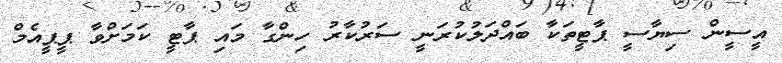
އީސީން ސިޔާސީ ޕާޓީތަކާ ބައްދަލުކުރަނީ ސަރުކާރު ހިންގާ މައި ޕާޓީ ކަމަށްވާ ޕީޕީއެމް